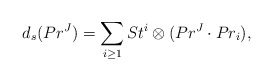
\begin{align*}d_s(Pr^J)= \sum_{i\geq 1} St^{i}\otimes (Pr^{J}\cdot Pr_i),\end{align*}